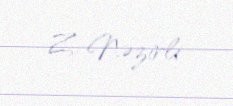
Z. Nəzirli